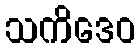
သကိဒေဝ